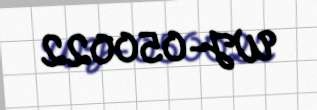
WJ-050022